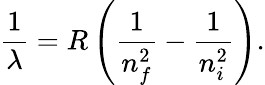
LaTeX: {\frac{1}{\lambda}}=R\left({\frac{1}{n_{f}^{2}}}-{\frac{1}{n_{i}^{2}}}\right).